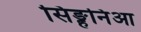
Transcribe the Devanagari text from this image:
सिङ्हनिआ